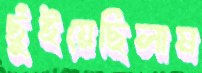
ছুঁইয়েছিলাম